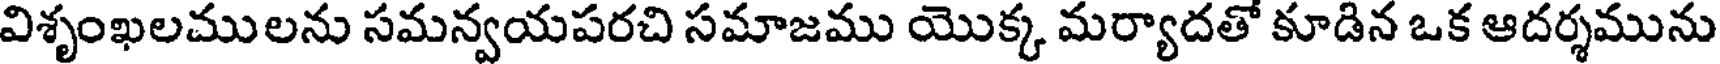
విశృంఖలములను సమన్వయపరచి సమాజము యొక్క మర్యాదతో కూడిన ఒక ఆదర్శమును